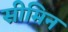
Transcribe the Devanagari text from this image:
सीमिन